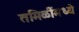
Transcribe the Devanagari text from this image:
तमिळींमध्ये